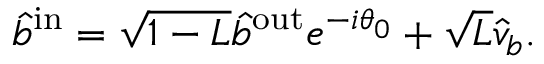
\begin{array} { r } { \hat { b } ^ { \mathrm { { i n } } } = \sqrt { 1 - L } \hat { b } ^ { \mathrm { { o u t } } } e ^ { - i \theta _ { 0 } } + \sqrt { L } \hat { v } _ { b } . } \end{array}